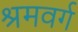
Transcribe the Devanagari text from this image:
श्रमवर्ग